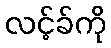
လင့်ခ်ကို